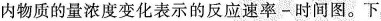
内物质的量浓度变化表示的反应速率-时间图。下